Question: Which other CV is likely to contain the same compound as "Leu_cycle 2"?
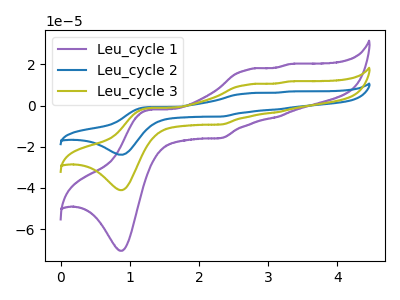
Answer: <think>The purple curve "Leu_cycle 1" has anodic peaks at (1.30V, -2.05uA) (2.70V, 17.40uA) (3.10V, -5.65uA) (3.30V, 20.05uA) and cathodic peaks at (0.90V, -70.55uA) (2.30V, -15.80uA). The blue curve "Leu_cycle 2" has anodic peaks at (1.30V, -2.35uA) (2.70V, 20.25uA) (3.10V, -6.55uA) (3.30V, 23.40uA) and cathodic peaks at (0.90V, -82.15uA) (2.30V, -18.40uA). The olive curve "Leu_cycle 3" has anodic peaks at (1.30V, -1.20uA) (2.70V, 10.15uA) (3.10V, -3.30uA) (3.30V, 11.70uA) and cathodic peaks at (0.90V, -41.05uA) (2.30V, -9.20uA).
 All the peaks in "Leu_cycle 1" have a peak in "Leu_cycle 2" at the same potential. All the peaks in "Leu_cycle 1" have a peak in "Leu_cycle 3" at the same potential. All the peaks in "Leu_cycle 2" have a peak in "Leu_cycle 3" at the same potential.</think>
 <answer>"Leu_cycle 2" and "Leu_cycle 3" have a similar shape to "Leu_cycle 1".</answer>
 <eval>"Leu_cycle 2" "Leu_cycle 3"</eval>